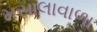
મસાલાવાળા